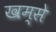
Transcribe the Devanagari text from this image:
खम्से